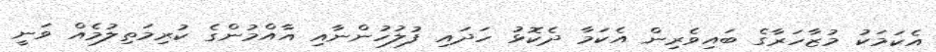
އެކަމަކު މުޒާހަރާގެ ބައިވެރިން އެކަމާ ދެކޮޅު ހަދައި ފުލުހުންނާއި އާއްމުންގެ ކުރިމަތިލުމެއް ވަނީ